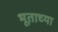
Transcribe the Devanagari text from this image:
भूताच्या